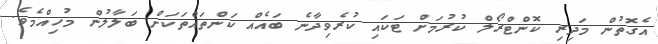
އެގޮތުން މަދިރި ކޮންޓްރޯލް ކުރުމަށް ޓަކައި ކުރެވިދާނެ ބައެއް ކަންތައްތަކަށް ބަލާލުން މުހިއްމެވެ.